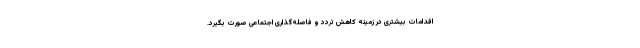
اقدامات بیشتری در زمینه کاهش تردد و فاصله‌گذاری اجتماعی صورت بگیرد.